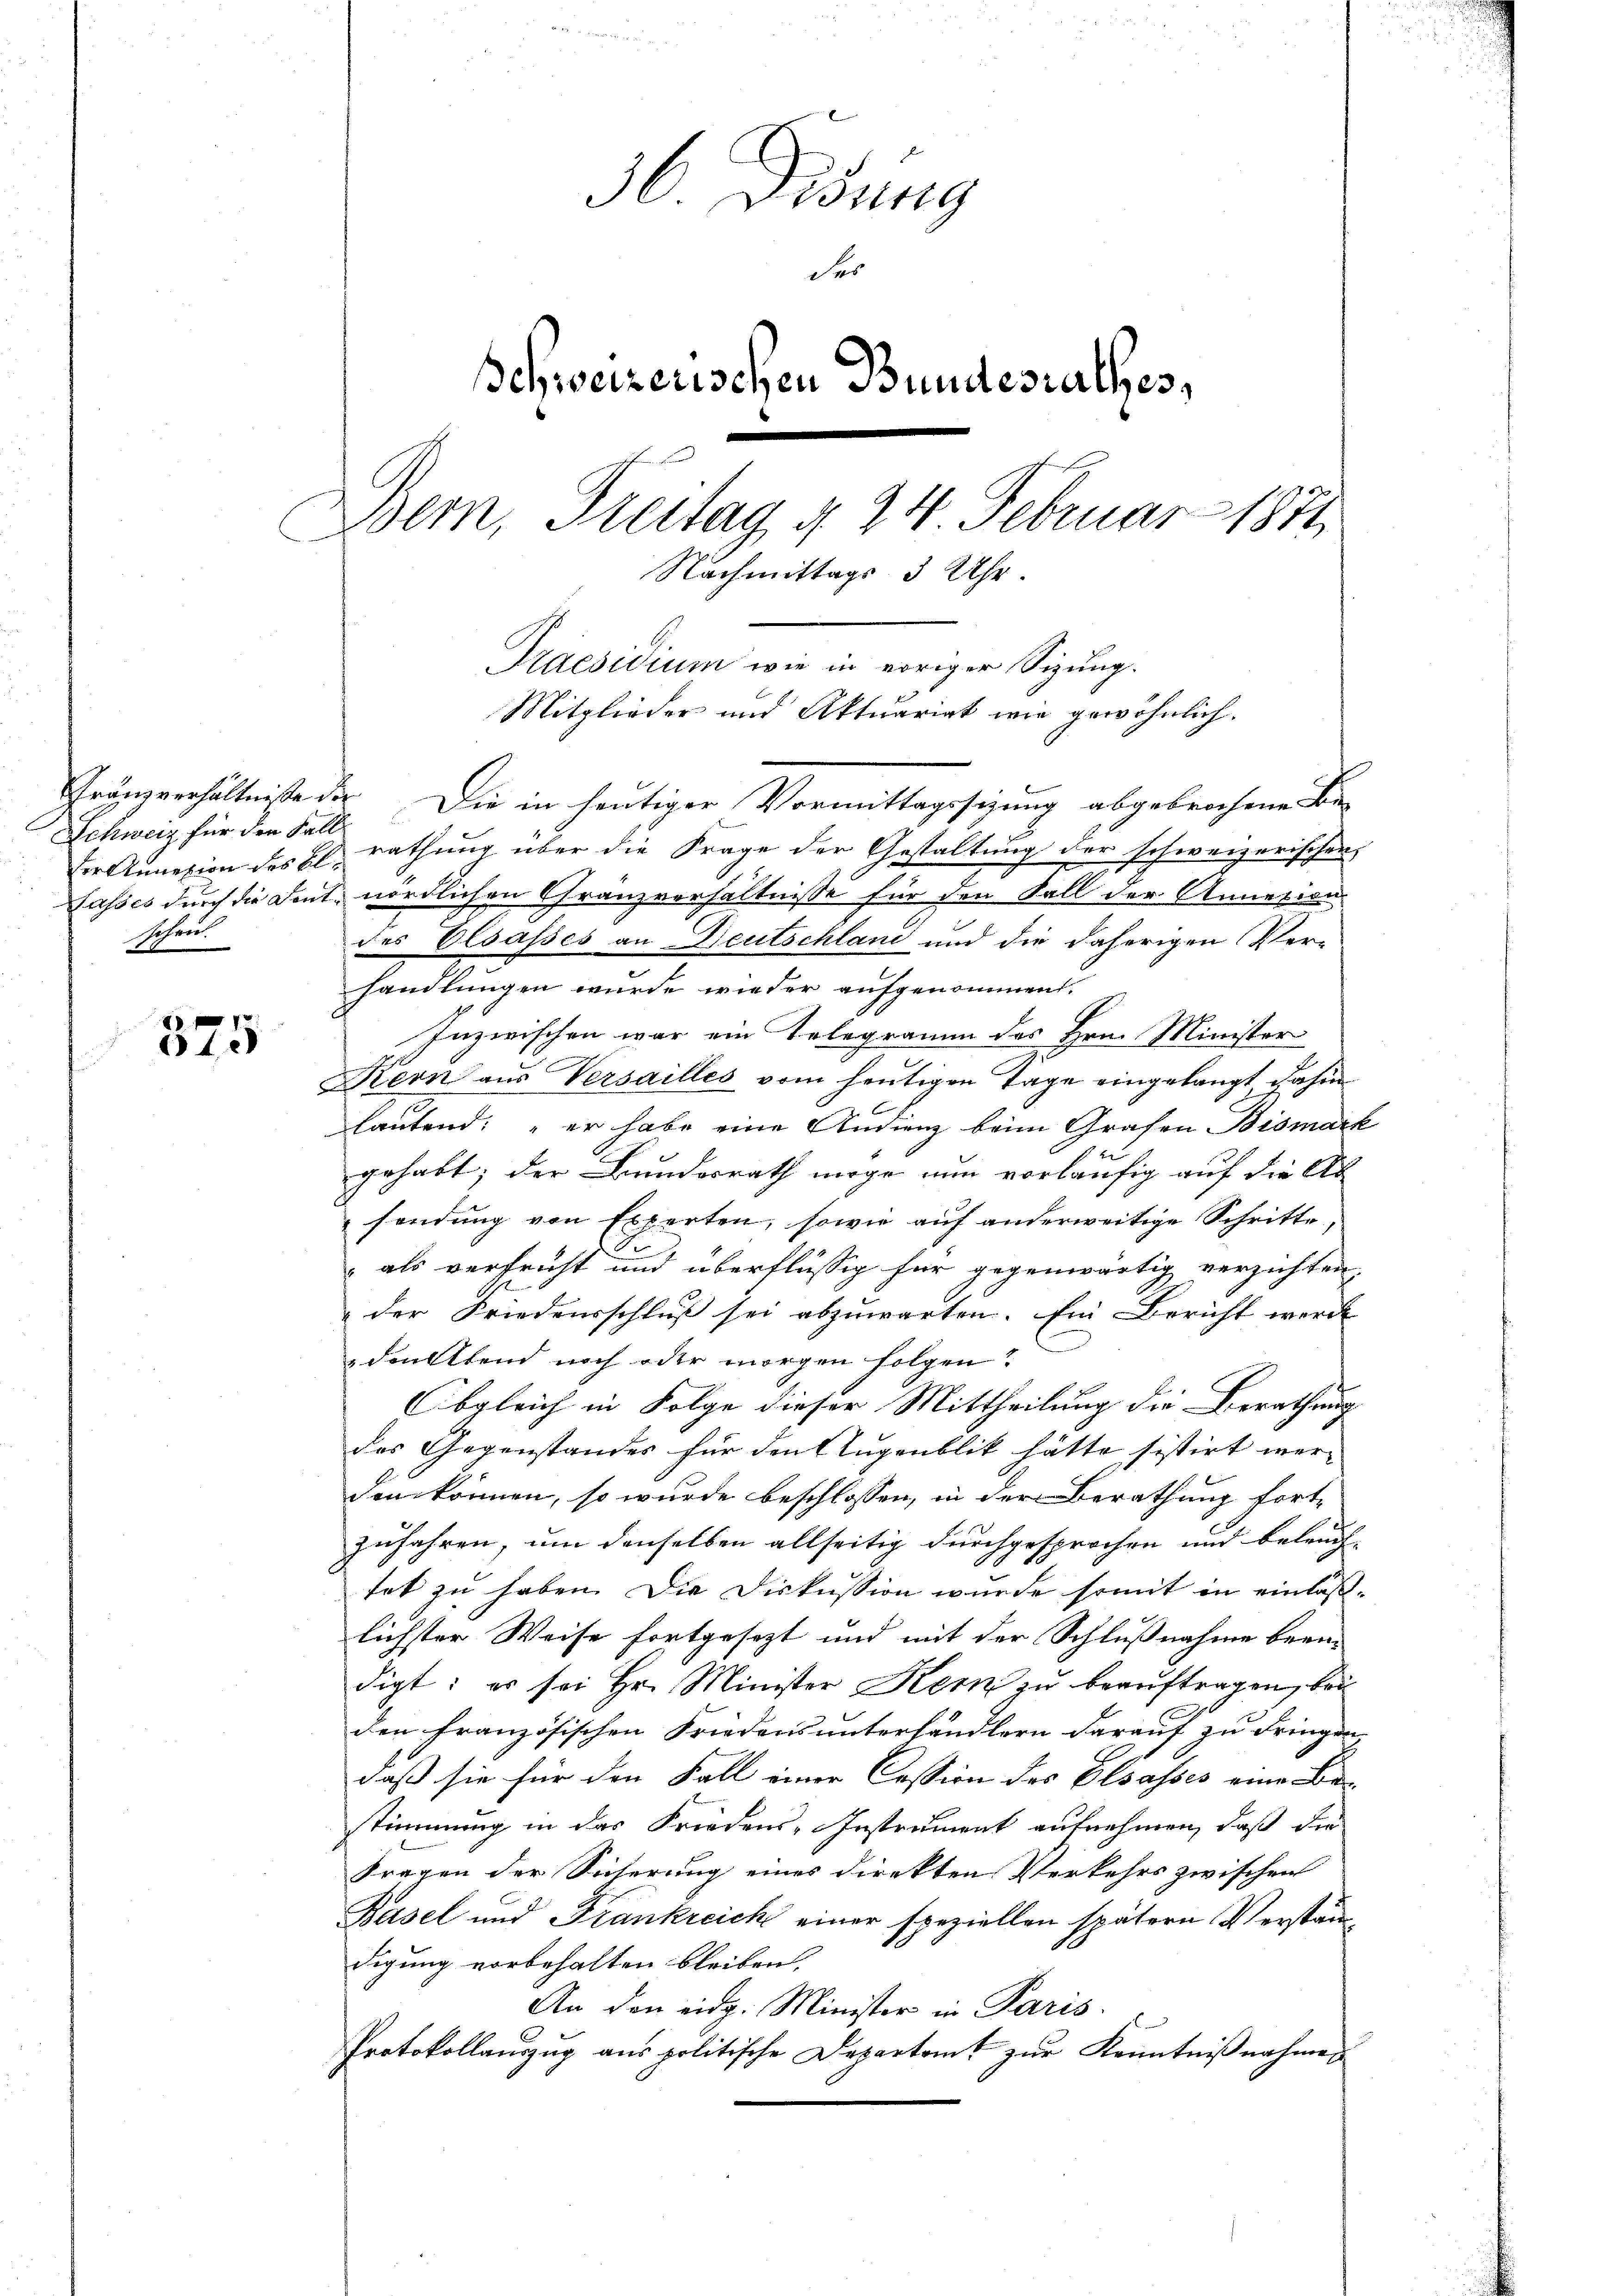
Schweiz für den Fall
Jahren.

375

36 Didung
des
Schweizerischen Bundesrathes,
Bem, Freitag d. 24. Februar 1871
Nachmittags 3 Uhr.
Praesidium wie in voriger Sizung.
Mitglieder und Aktuariat wie gewöhnlich.

der Annexion des El. rathung über die Frage der Gestaltung der schweizerischen
Lasses durch die Dont. nördlichen Granzverhältnisse für den Fall der Annexion
des Elsasses an Deutschland und die daherigen Ver-
handlungen wurde wieder aufgenommen.
Inzwischen war ein Telegramm des Hrn. Minister
Kern aus Versailles vom heutigen Tage eingelangt dahin
lautend: „er habe eine Audienz beim Grafen Bismark

gehabt; der Bundesrath möge nun vorläufig auf die Ab
sendung von Experten, sowie auf anderweitige Schritte
 als verfrüht und überflüssig für gegenwärtig verzichten,
der Friedensschluß sei abzuwarten. Ein Bericht werde
den Abend noch oder morgen folgen?
bgleich in Folge dieser Mittheilung die Berathung
das Gegenstandes für den Augenblik hätte sistirt wer-
den können, so wurde beschlossen, in der Berathung fort-
zufahren, um denselben allseitig durchgesprochen und beleuchtat zu haben. Die Diskussion wurde somit in einläßlichster Weise fortgesezt und mit der Schlußnahme bean-
digt: es sei Hr. Minister Kern zu beauftragen, bei
den französischen Friedens unterhändlern darauf zu dringen, |
daß sie für den Fall einer Cession des Elsasses eine Be-
stimmung in das Friedens-Instrument aufnehmen, daß die
Fragen der Sicherung eines direkten Verkehrs zwischen
Basel und Frankreich einer speziellen spätern Verständdigung vorbehalten bleiben.
An den eidg. Minister in Paris.
Protokollauszug aus politische Departamt zur Kenntnißnahmen

Gränzverhältniße der Die in heutiger Vormittagssizung abgebrochene Be-